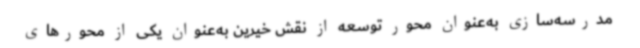
مدرسه‌سازی به‌عنوان محور توسعه از نقش خیرین به‌عنوان یکی از محورهای